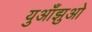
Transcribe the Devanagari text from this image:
युआँझुओ